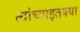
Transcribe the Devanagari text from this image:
त्यांच्याइतक्या